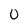
Character: 0